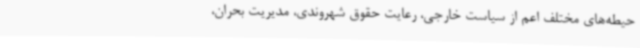
حیطه‌های مختلف اعم از سیاست خارجی، رعایت حقوق شهروندی، مدیریت بحران،